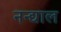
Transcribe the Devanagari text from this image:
नन्द्याल